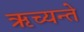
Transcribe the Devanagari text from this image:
ऋच्यन्ते